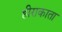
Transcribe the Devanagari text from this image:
हीराकाता